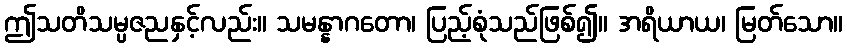
ဤသတိသမ္ပဇညနှင့်လည်း။ သမန္နာဂတော၊ ပြည့်စုံသည်ဖြစ်၍။ အရိယာယ၊ မြတ်သော။